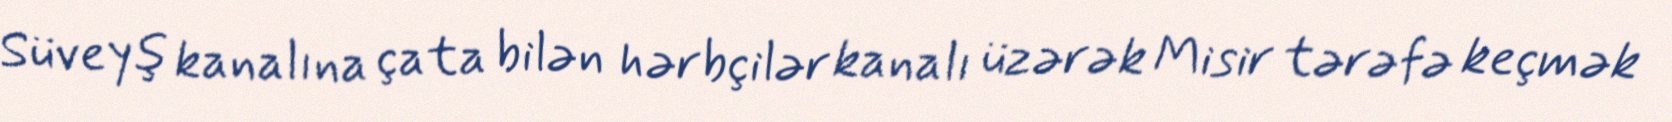
Süveyş kanalına çata bilən hərbçilər kanalı üzərək Misir tərəfə keçmək